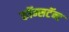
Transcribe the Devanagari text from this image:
कॉन्सटॅन्ट